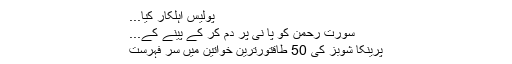
پولیس اہلکار کیا...
سورت رحمن کو پا نی پر دم کر کے پینے کے...
پرینکا شوبز کی 50 طاقتورترین خواتین میں سر فہرست